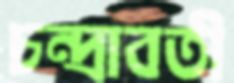
চন্দ্রাবতী